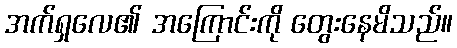
အက်ရှလေ၏ အကြောင်းကို တွေးနေမိသည်။